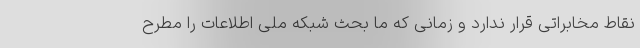
نقاط مخابراتی قرار ندارد و زمانی که ما بحث شبکه ملی اطلاعات را مطرح